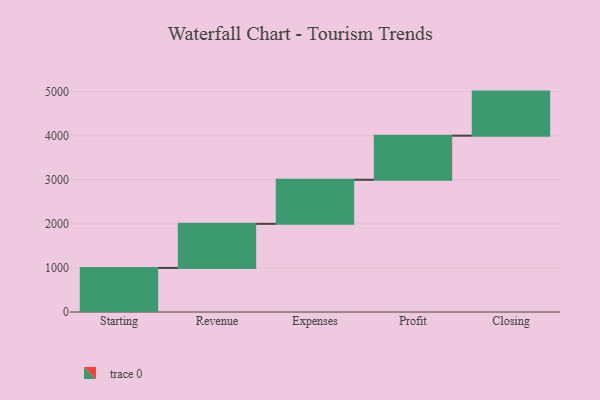
{"axis": {"x": "Step", "y": "Value"}, "legend": [""], "data": [{"x": "Starting", "y": 1000, "type": ""}, {"x": "Revenue", "y": 1000, "type": ""}, {"x": "Expenses", "y": 1000, "type": ""}, {"x": "Profit", "y": 1000, "type": ""}, {"x": "Closing", "y": 1000, "type": ""}]}